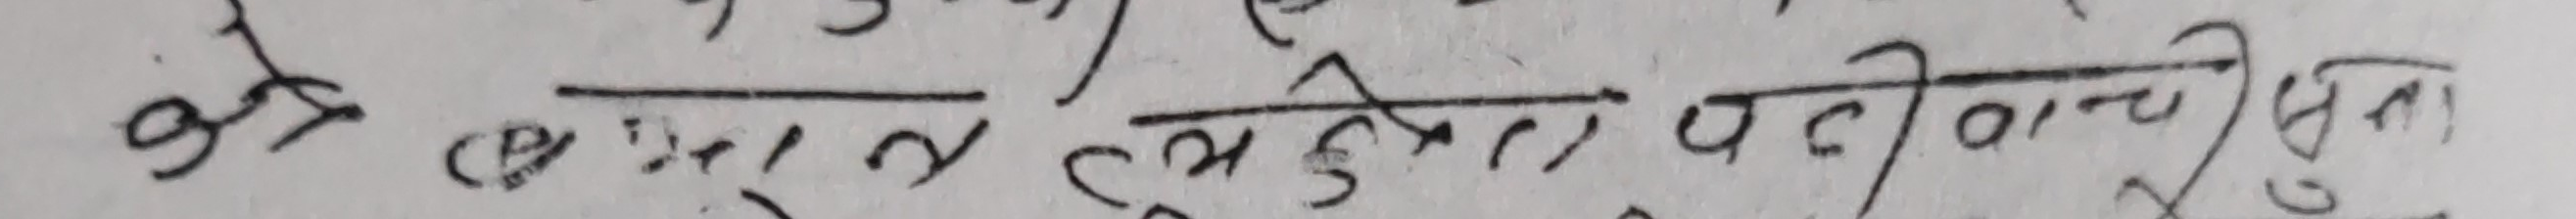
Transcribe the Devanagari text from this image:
के वास्तबमै छोरीले पटीवाचै बुझेकी बुझेकी